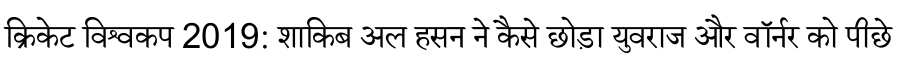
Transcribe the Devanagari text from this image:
क्रिकेट विश्वकप 2019: शाकिब अल हसन ने कैसे छोड़ा युवराज और वॉर्नर को पीछे